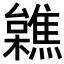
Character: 𣟼